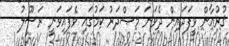
ޤުރުއާން ވީފަދައިން ދެވަނަ މަޞްދަރު ކަމުގައި ވެފައިވަނީ ރަސޫލު